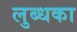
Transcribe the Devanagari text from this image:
लुब्धका